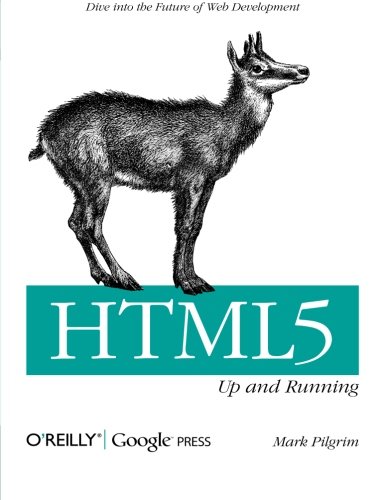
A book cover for HTML5: Up and Running; Mark Pilgrim; Computers & Technology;